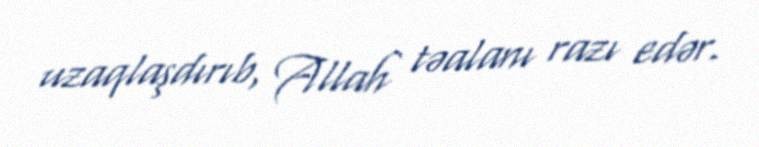
uzaqlaşdırıb, Allah təalanı razı edər.